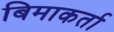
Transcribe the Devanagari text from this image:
बिमाकर्ता